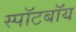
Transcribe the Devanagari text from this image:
स्पॉटबॉय